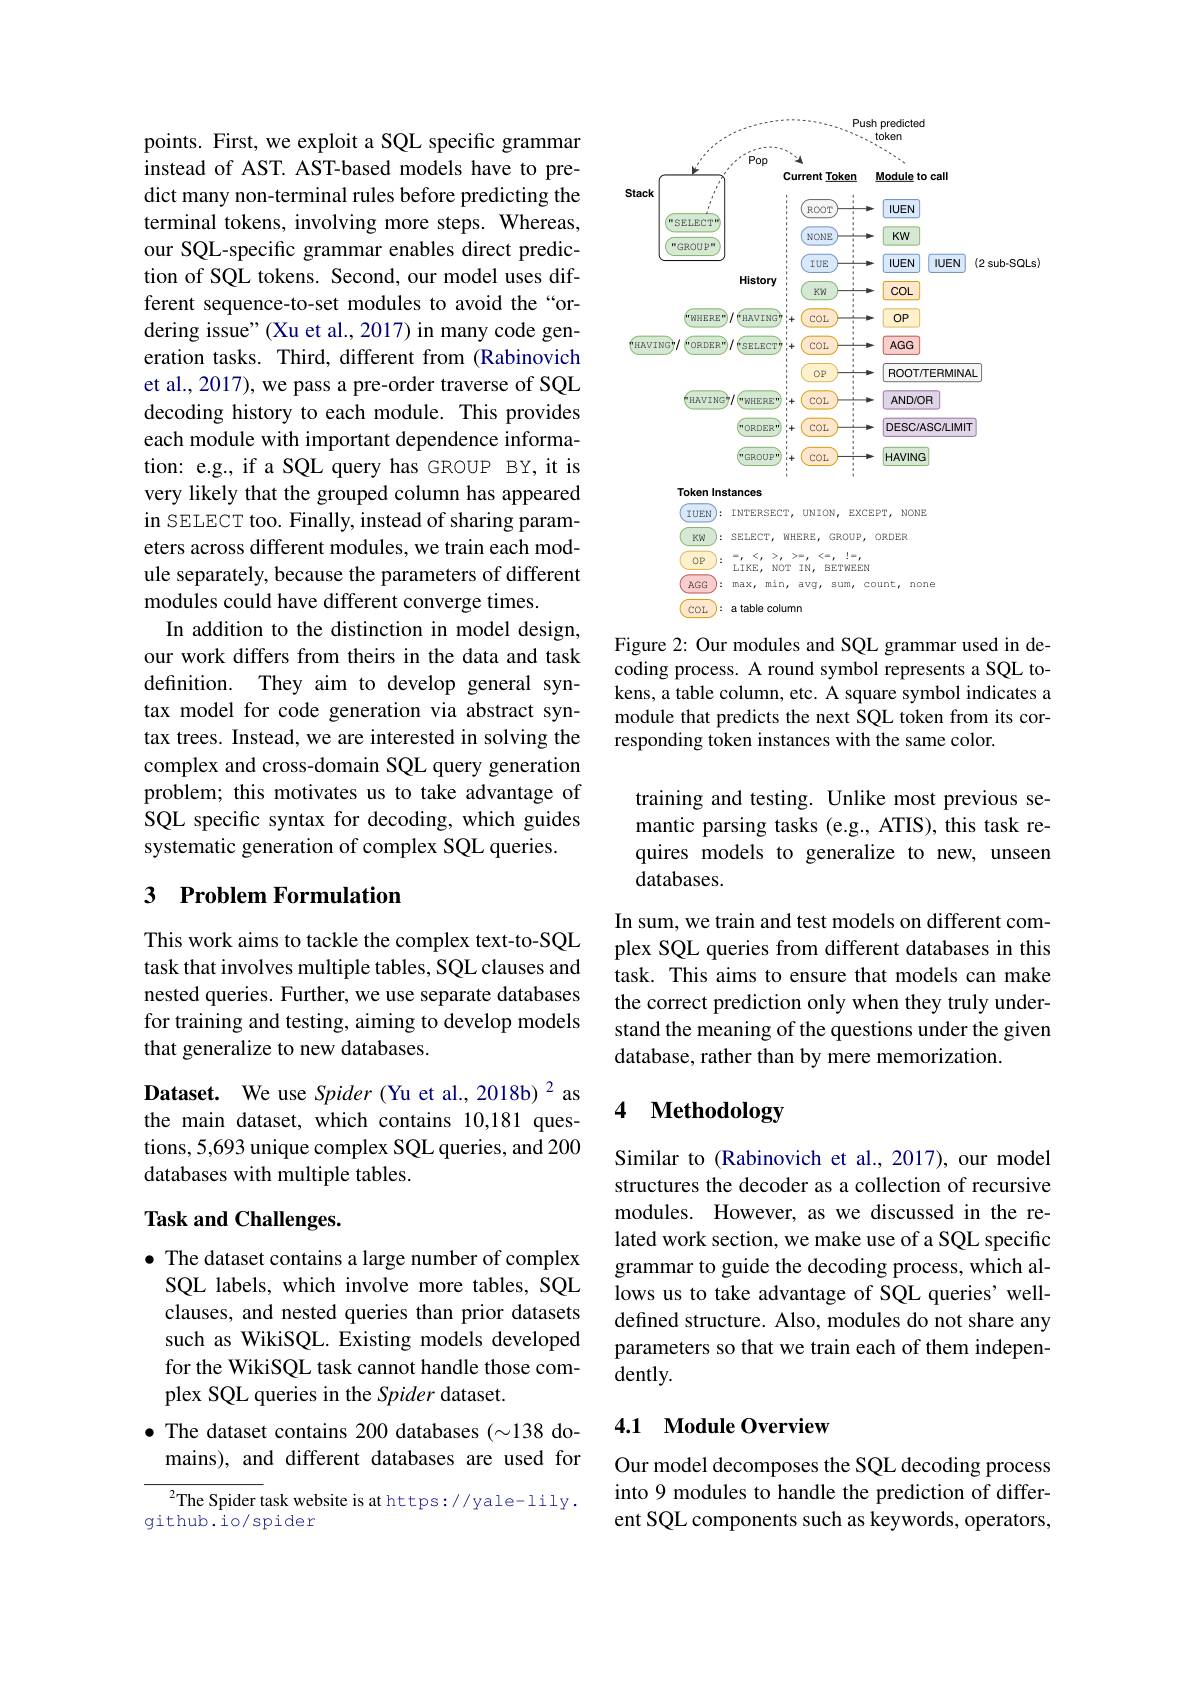
points. First, we exploit a SQL specific grammar instead of AST. AST-based models have to predict many non-terminal rules before predicting the terminal tokens, involving more steps. Whereas, our SQL-specific grammar enables direct prediction of SQL tokens. Second, our model uses different sequence-to-set modules to avoid the“ordering issue"(Xu et al., 2017) in many code generation tasks. Third, different from (Rabinovich et al., 2017), we pass a pre-order traverse of SQL decoding history to each module. This provides each module with important dependence information: e.g., if a SQL query has GROUP BY, it is very likely that the grouped column has appeared in SELECT too. Finally, instead of sharing parameters across different modules, we train each module separately, because the parameters of different modules could have different converge times.
In addition to the distinction in model design, our work differs from theirs in the data and task definition. They aim to develop general syntax model for code generation via abstract syntax trees. Instead, we are interested in solving the complex and cross-domain SQL query generation problem; this motivates us to take advantage of SQL specific syntax for decoding, which guides systematic generation of complex SQL queries.

### 3 $\textbf{Problem Formulation}$

This work aims to tackle the complex text-to-SQL task that involves multiple tables, SQL clauses and nested queries. Further, we use separate databases for training and testing, aiming to develop models that generalize to new databases.
Dataset. We use Spider (Yu et al.,2018b) $^{2}$ as the main dataset, which contains 10,181 questions, 5,693 unique complex SQL queries, and 200 databases with multiple tables.

## Task and Challenges.

$\bullet$ The dataset contains a large number of complex SQL labels, which involve more tables, SQL clauses, and nested queries than prior datasets such as WikiSQL. Existing models developed for the WikiSQL task cannot handle those complex SQL queries in the Spider dataset.

$\bullet$ The dataset contains 200 databases ($\sim138$ do-
mains), and different databases are used for

$^{2}$The Spider task website is at https://yale- lily.
github.io/spider

<FigureHere>

Figure 2: Our modules and SQL grammar used in decoding process. A round symbol represents a SQL tokens, a table column, etc. A square symbol indicates a module that predicts the next SQL token from its corresponding token instances with the same color.

training and testing. Unlike most previous semantic parsing tasks (e.g., ATIS), this task requires models to generalize to new, unseen databases.

In sum, we train and test models on different complex SQL queries from different databases in this task. This aims to ensure that models can make the correct prediction only when they truly understand the meaning of the questions under the given database, rather than by mere memorization.

## 4 Methodology

Similar to (Rabinovich et al., 2017), our model structures the decoder as a collection of recursive modules. However, as we discussed in the related work section, we make use of a SQL specific grammar to guide the decoding process, which allows us to take advantage of SQL queries' welldefined structure. Also, modules do not share any parameters so that we train each of them independently.

### 4.1 Module Overview

Our model decomposes the SQL decoding process into 9 modules to handle the prediction of different SQL components such as keywords, operators,